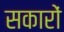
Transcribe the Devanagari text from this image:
सकारों